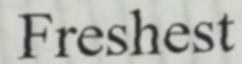
Freshest